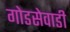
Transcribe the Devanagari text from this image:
गोडसेवाडी